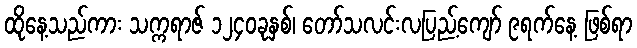
ထိုနေ့သည်ကား သက္ကရာဇ် ၁၂၄၀ခုနှစ်၊ တော်သလင်းလပြည့်ကျော် ၉ရက်နေ့ ဖြစ်ရာ